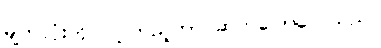
မျက်လုံးကို ဝင့်ကြည့်ကာ ဆက်ပြောလေသည်။